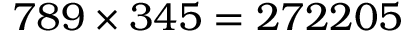
7 8 9 \times 3 4 5 = 2 7 2 2 0 5